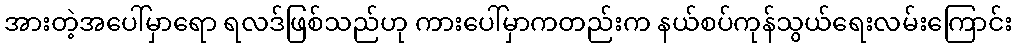
အားတဲ့အပေါ်မှာရော ရလဒ်ဖြစ်သည်ဟု ကားပေါ်မှာကတည်းက နယ်စပ်ကုန်သွယ်ရေးလမ်းကြောင်း